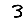
Digit: 3